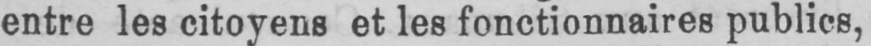
entre les citoyens et les fonctionnaires publics,